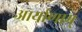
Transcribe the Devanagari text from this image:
आर्याणाम्